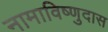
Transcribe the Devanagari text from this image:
नामाविष्णुदास